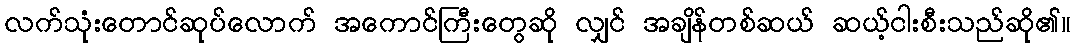
လက်သုံးတောင်ဆုပ်လောက် အကောင်ကြီးတွေဆို လျှင် အချိန်တစ်ဆယ် ဆယ့်ငါးစီးသည်ဆို၏။